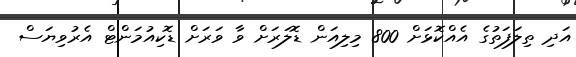
އަދި ތިލަފަތުގެ އެއްކޮޅަށް 800 މިލިއަން ޑޮލަރަށް ވާ ވަރަށް ޑޮކިއުމަންޓް އެރުވިޔަސް